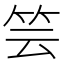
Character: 𥬀